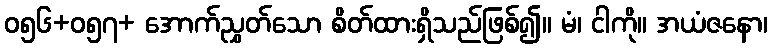
ဝ၅၆+ဝ၅၇+ အောက်ညွှတ်သော စိတ်ထားရှိသည်ဖြစ်၍။ မံ၊ ငါကို။ အယံဇနော၊